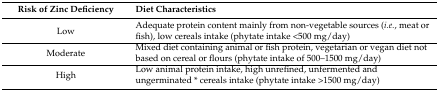
<table><thead><tr><td><b>Risk of Zinc Deficiency</b></td><td><b>Diet Characteristics</b></td></tr></thead><tbody><tr><td>Low</td><td>Adequate protein content mainly from non-vegetable sources (<i>i.e.</i>, meat or fish), low cereals intake (phytate intake &lt;500 mg/day)</td></tr><tr><td>Moderate</td><td>Mixed diet containing animal or fish protein, vegetarian or vegan diet not based on cereal or flours (phytate intake of 500–1500 mg/day)</td></tr><tr><td>High</td><td>Low animal protein intake, high unrefined, unfermented and ungerminated * cereals intake (phytate intake &gt;1500 mg/day)</td></tr></tbody></table>